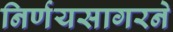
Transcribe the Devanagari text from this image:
निर्णयसागरने